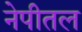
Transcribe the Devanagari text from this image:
नेपीतल